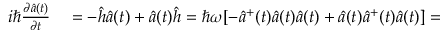
\begin{array} { r l } { i \hbar \frac { \partial \hat { a } ( t ) } { \partial t } } & { { } = - \hat { h } \hat { a } ( t ) + \hat { a } ( t ) \hat { h } = \hbar \omega [ - \hat { a } ^ { + } ( t ) \hat { a } ( t ) \hat { a } ( t ) + \hat { a } ( t ) \hat { a } ^ { + } ( t ) \hat { a } ( t ) ] = } \end{array}